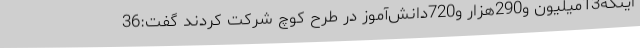
اینکه13میلیون و290هزار و720دانش‌آموز در طرح کوچ شرکت کردند گفت:36